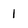
Character: 1